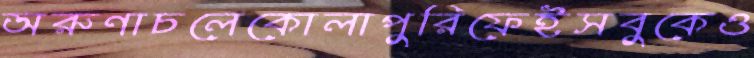
অরুণাচলেকোলাপুরিফেইসবুকেও